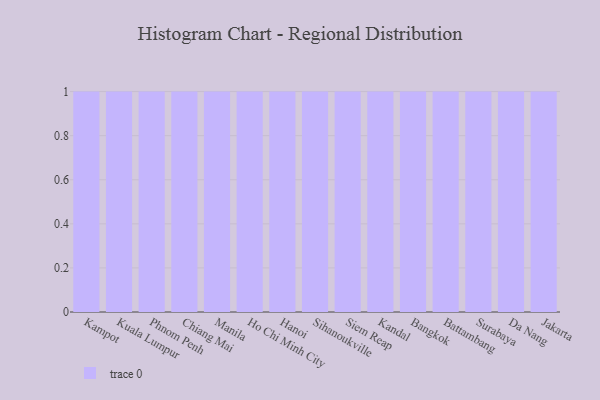
{"axis": {"x": "City", "y": "Population (Million)"}, "legend": [""], "data": [{"x": "Kampot", "y": 46, "type": ""}, {"x": "Kuala Lumpur", "y": 23, "type": ""}, {"x": "Phnom Penh", "y": 8, "type": ""}, {"x": "Chiang Mai", "y": 95, "type": ""}, {"x": "Manila", "y": 82, "type": ""}, {"x": "Ho Chi Minh City", "y": 42, "type": ""}, {"x": "Hanoi", "y": 49, "type": ""}, {"x": "Sihanoukville", "y": 14, "type": ""}, {"x": "Siem Reap", "y": 62, "type": ""}, {"x": "Kandal", "y": 80, "type": ""}, {"x": "Bangkok", "y": 18, "type": ""}, {"x": "Battambang", "y": 12, "type": ""}, {"x": "Surabaya", "y": 73, "type": ""}, {"x": "Da Nang", "y": 47, "type": ""}, {"x": "Jakarta", "y": 67, "type": ""}]}